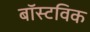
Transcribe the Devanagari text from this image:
बॉस्टविक